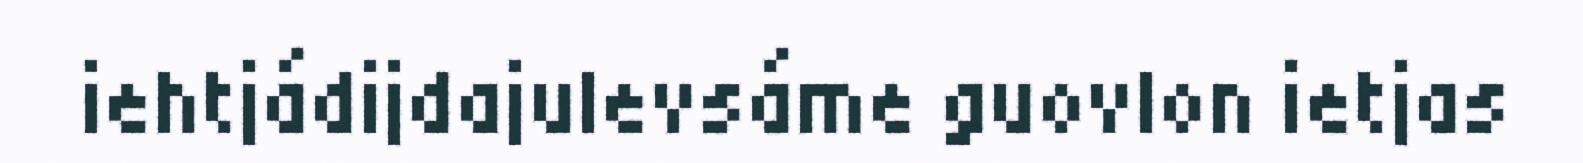
iehtjádijdajulevsáme guovlon ietjas